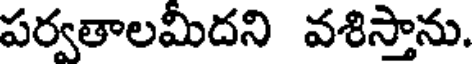
పర్వతాలమీదని వశిస్తాను.